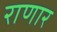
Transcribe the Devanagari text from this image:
राणार